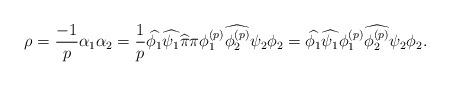
LaTeX: \begin{align*}\rho=\frac{-1}{p}\alpha_1\alpha_2 = \frac{1}{p}\widehat{\phi_1}\widehat{\psi_1}\widehat{\pi}\pi \phi_1^{(p)}\widehat{\phi_2^{(p)}}\psi_2 \phi_2 = \widehat{\phi_1}\widehat{\psi_1} \phi_1^{(p)}\widehat{\phi_2^{(p)}}\psi_2 \phi_2.\end{align*}